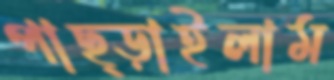
পাছ্‌ড়াইলাম